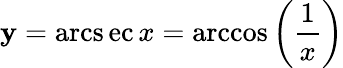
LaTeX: \mathbf{y}=\operatorname{arcs\mathrm{e}c}x=\operatorname{arccos}\left({\frac{{1}}{{x}}}\right)